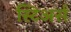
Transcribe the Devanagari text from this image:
स्टिअर्स